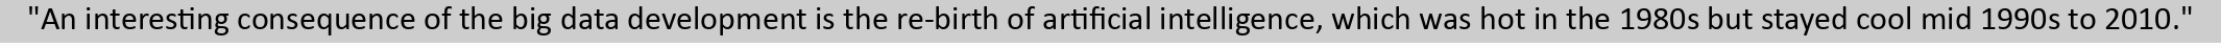
"An interesting consequence of the big data development is the re-birth of artificial intelligence, which was hot in the 1980s but stayed cool mid 1990s to 2010."